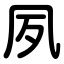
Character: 夙